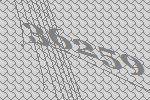
36259